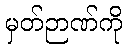
မှတ်ဉာဏ်ကို